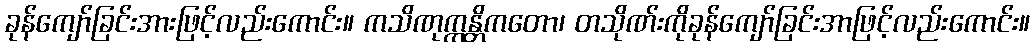
ခုန်ကျော်ခြင်းအားဖြင့်လည်းကောင်း။ ကသိဏုက္ကန္တိကတော၊ တသိုဏ်းကိုခုန်ကျော်ခြင်းအာဖြင့်လည်းကောင်း။